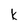
Character: k